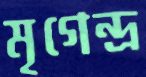
মৃগেন্দ্র